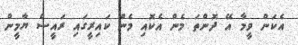
އެކަން ވީމާ އޭ ދޮންތަ މެން އެކޮއި މެން ކައިރީގައި ރައީސް ޔާމީން